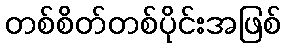
တစ်စိတ်တစ်ပိုင်းအဖြစ်